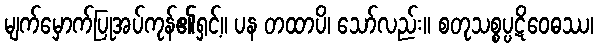
မျက်မှောက်ပြုအပ်ကုန်၏ရှင့်။ ပန တထာပိ၊ သော်လည်း။ စတုသစ္စပ္ပဋိဝေဓဿ၊